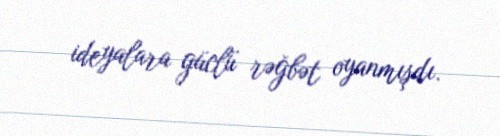
ideyalara güclü rəğbət oyanmışdı.